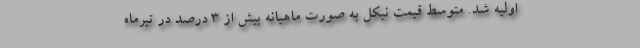
اولیه شد. متوسط قیمت نیکل به صورت ماهیانه بیش از 3 درصد در تیرماه